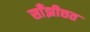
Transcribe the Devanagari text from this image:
साँझीछत